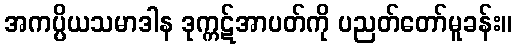
အကပ္ပိယသမာဒါန ဒုက္ကဋ်အာပတ်ကို ပညတ်တော်မူခန်း။